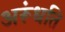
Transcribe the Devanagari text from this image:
अरूंधति